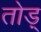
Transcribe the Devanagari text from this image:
तोड़्